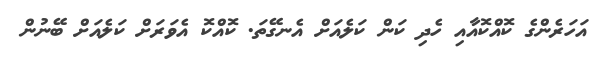
އަހަރެންގެ ކޮއްކޮއާއި ހެދި ކަން ކަލެއަށް އެނގޭތަ. ކޮއްކޮ އެވަރަށް ކަލެއަށް ބޭނުން